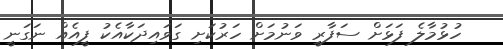
ހުޅުމާލެ ފަޅަށް ސަފާރީ ވަނުމަށް ހަރުކަށި ގަވައިދަކާއެކު ފީއެއް ނަގަނީ